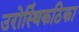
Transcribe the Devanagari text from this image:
उरोस्थिंकठिका